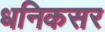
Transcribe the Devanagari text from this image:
धनिकसर